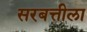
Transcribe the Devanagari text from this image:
सरबत्तीला